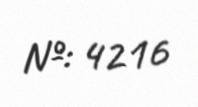
№: 4216